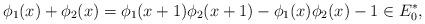
LaTeX: \begin{align*}\phi_{1}(x)+\phi_2(x)=\phi_1(x+1)\phi_2(x+1)-\phi_1(x)\phi_2(x)-1\in E^{*}_0 ,\end{align*}